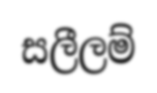
සලීලම්